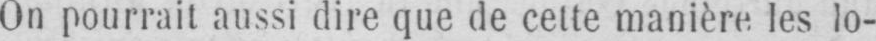
On pourrait aussi dire que de cette manière les lo-